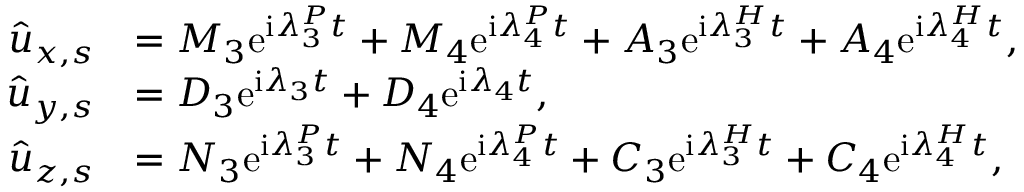
\begin{array} { r l } { \hat { u } _ { x , s } } & { = M _ { 3 } \mathrm { e } ^ { \mathrm { i } \lambda _ { 3 } ^ { P } t } + M _ { 4 } \mathrm { e } ^ { \mathrm { i } \lambda _ { 4 } ^ { P } t } + A _ { 3 } \mathrm { e } ^ { \mathrm { i } { \lambda } _ { 3 } ^ { H } t } + A _ { 4 } \mathrm { e } ^ { \mathrm { i } { \lambda } _ { 4 } ^ { H } t } , } \\ { \hat { u } _ { y , s } } & { = D _ { 3 } \mathrm { e } ^ { \mathrm { i } \lambda _ { 3 } t } + D _ { 4 } \mathrm { e } ^ { \mathrm { i } \lambda _ { 4 } t } , } \\ { \hat { u } _ { z , s } } & { = N _ { 3 } \mathrm { e } ^ { \mathrm { i } \lambda _ { 3 } ^ { P } t } + N _ { 4 } \mathrm { e } ^ { \mathrm { i } \lambda _ { 4 } ^ { P } t } + C _ { 3 } \mathrm { e } ^ { \mathrm { i } { \lambda } _ { 3 } ^ { H } t } + C _ { 4 } \mathrm { e } ^ { \mathrm { i } { \lambda } _ { 4 } ^ { H } t } , } \end{array}